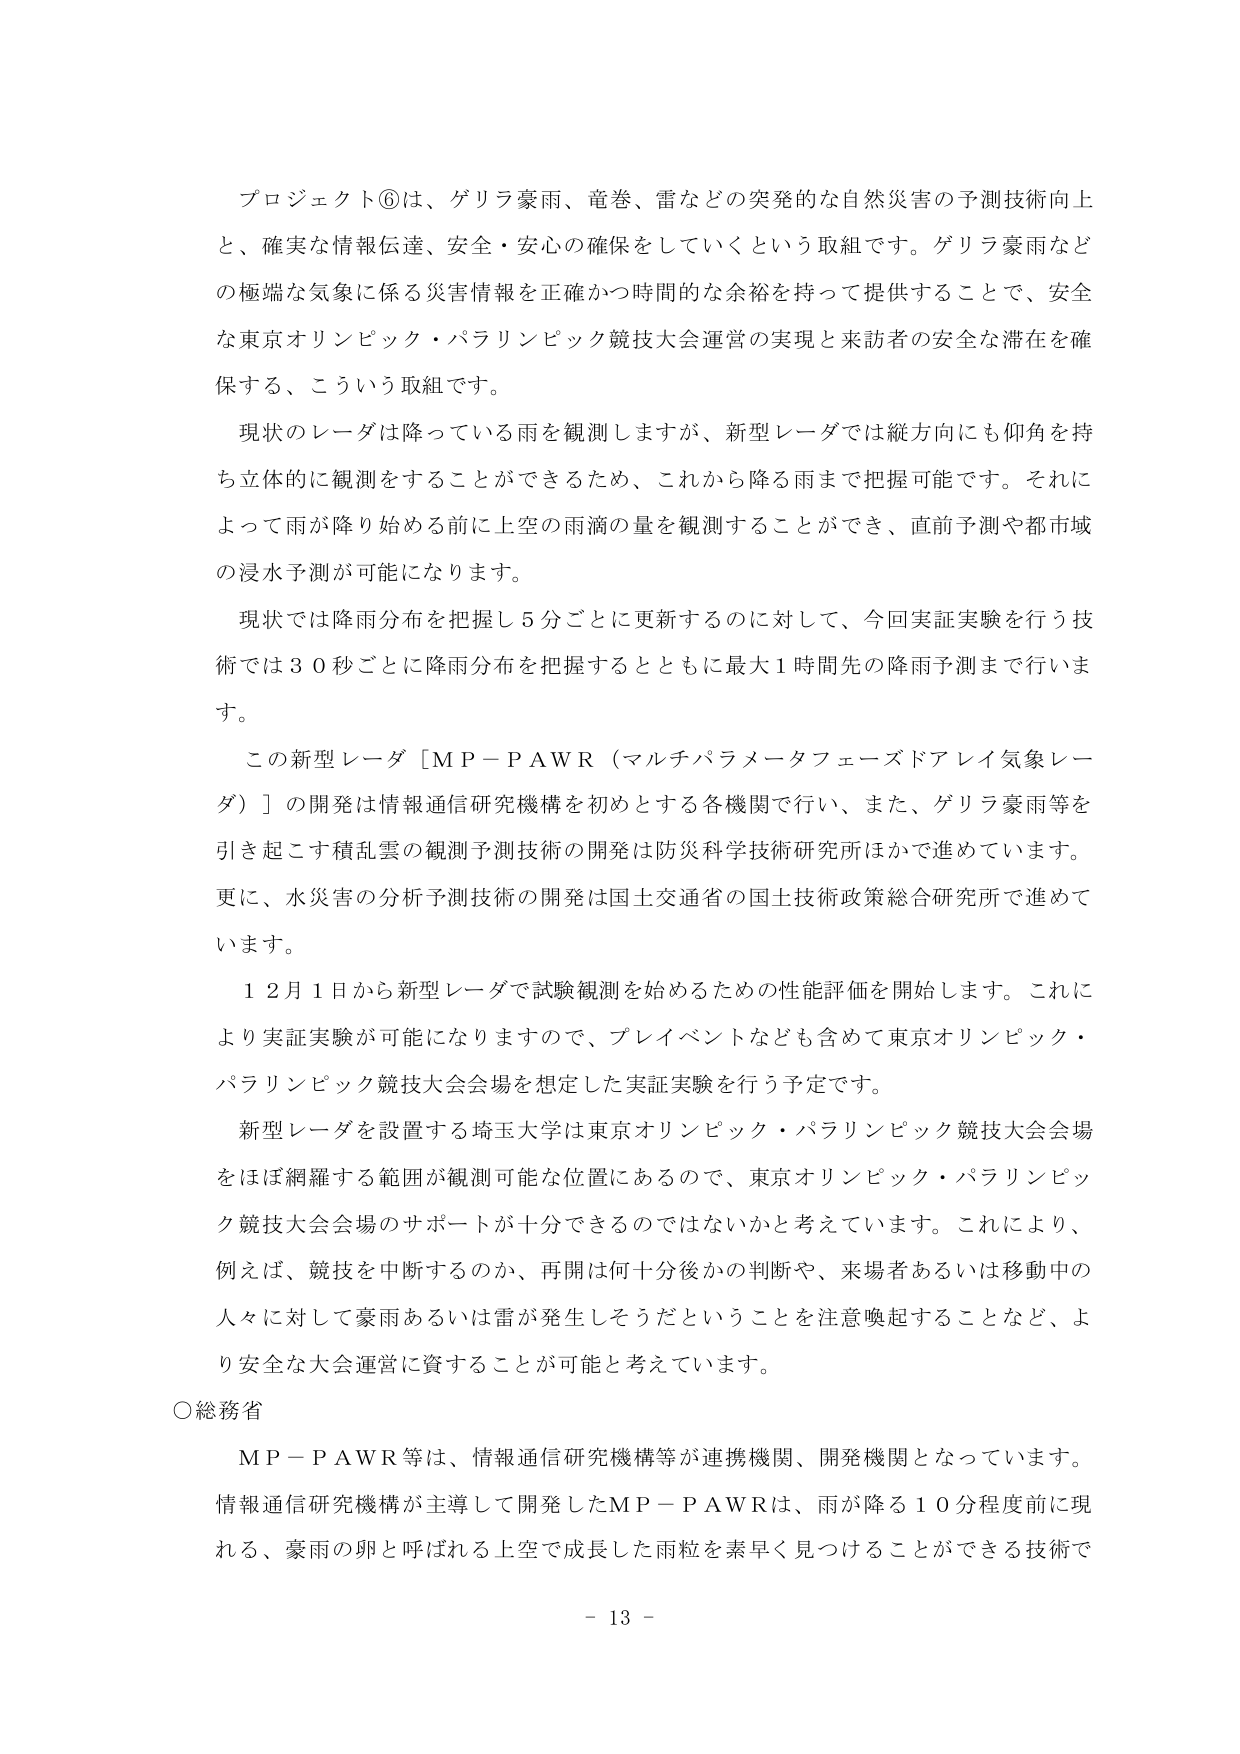
プロジェクト⑥は、ゲリラ豪雨、竜巻、雷などの突発的な自然災害の予測技術向上と、確実な情報伝達、安全・安心の確保をしていくという取組です。ゲリラ豪雨などの極端な気象に係る災害情報を正確かつ時間的な余裕を持って提供することで、安全な東京オリンピック・パラリンピック競技大会運営の実現と来訪者の安全な滞在を確保する、こういう取組です。

現状のレーダは降っている雨を観測しますが、新型レーダでは縦方向にも仰角を持ち立体的に観測をすることができるため、これから降る雨まで把握可能です。それによって雨が降り始める前に上空の雨滴の量を観測することができ、直前予測や都市域の浸水予測が可能になります。

現状では降雨分布を把握し5分ごとに更新するのに対して、今回実証実験を行う技術では30秒ごとに降雨分布を把握するとともに最大1時間先の降雨予測まで行います。

この新型レーダ［ＭＰ－ＰＡＷＲ（マルチパラメータフェーズドアレイ気象レーダ）］の開発は情報通信研究機構を初めとする各機関で行い、また、ゲリラ豪雨等を引き起こす積乱雲の観測予測技術の開発は防災科学技術研究所ほかで進めています。更に、水災害の分析予測技術の開発は国土交通省の国土技術政策総合研究所で進めています。

12月1日から新型レーダで試験観測を始めるための性能評価を開始します。これにより実証実験が可能になりますので、プレイベントなども含めて東京オリンピック・パラリンピック競技大会会場を想定した実証実験を行う予定です。

新型レーダを設置する埼玉大学は東京オリンピック・パラリンピック競技大会会場をほぼ網羅する範囲が観測可能な位置にあるので、東京オリンピック・パラリンピック競技大会会場のサポートが十分できるのではないかと考えています。これにより、例えば、競技を中断するのか、再開は何十分後かの判断や、来場者あるいは移動中の人々に対して豪雨あるいは雷が発生しそうだということを注意喚起することなど、より安全な大会運営に資することが可能と考えています。

○総務省

ＭＰ－ＰＡＷＲ等は、情報通信研究機構等が連携機関、開発機関となっています。情報通信研究機構が主導して開発したＭＰ－ＰＡＷＲは、雨が降る10分程度前に現れる、豪雨の卵と呼ばれる上空で成長した雨粒を素早く見つけることができる技術で

－ 13 －